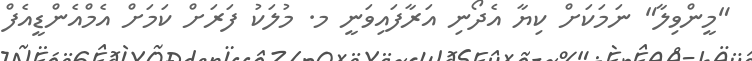
"މީންވިލާ" ނަމަކަށް ކިޔާ އެދޯނި އަރާފައިވަނީ މ. މުލަކު ފަރަށް ކަމަށް އެމްއެންޑީއެފް